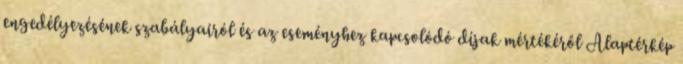
engedélyezésének szabályairól és az eseményhez kapcsolódó díjak mértékéről Alaptérkép